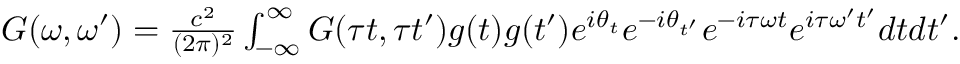
\begin{array} { r } { G ( \omega , \omega ^ { \prime } ) = \frac { c ^ { 2 } } { ( 2 \pi ) ^ { 2 } } \int _ { - \infty } ^ { \infty } G ( \tau t , \tau t ^ { \prime } ) g ( t ) g ( t ^ { \prime } ) e ^ { i \theta _ { t } } e ^ { - i \theta _ { t ^ { \prime } } } e ^ { - i \tau \omega t } e ^ { i \tau \omega ^ { \prime } t ^ { \prime } } d t d t ^ { \prime } . } \end{array}